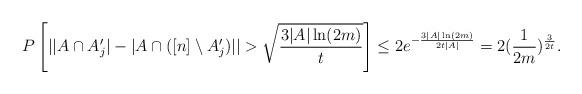
LaTeX: \begin{align*}P\left[||A \cap A_j'|-|A \cap ([n]\setminus A_j')|| > \sqrt{\frac{3|A|\ln (2m)}{t}}\right] \leq 2e^{-\frac{3|A|\ln (2m)}{2t|A|}}=2(\frac{1}{2m})^\frac{3}{2t}.\end{align*}